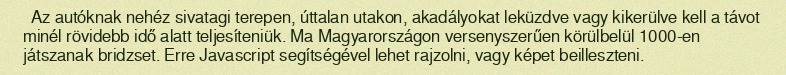
Az autóknak nehéz sivatagi terepen, úttalan utakon, akadályokat leküzdve vagy kikerülve kell a távot minél rövidebb idő alatt teljesíteniük. Ma Magyarországon versenyszerűen körülbelül 1000-en játszanak bridzset. Erre Javascript segítségével lehet rajzolni, vagy képet beilleszteni.